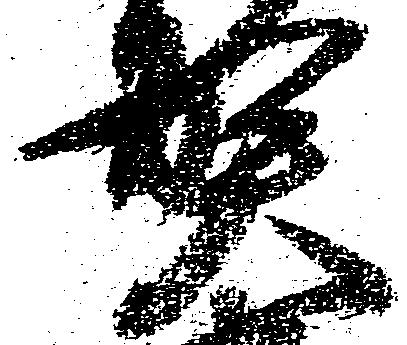
賀